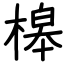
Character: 槔